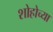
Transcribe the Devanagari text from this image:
शोहोच्या